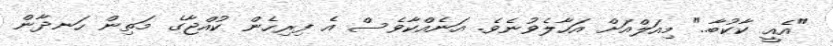
"އެއީ ކާކުބާ.." މިއަލްއަށް އަހާލެވުނެވެ. އަނެއްކާވެސް އެ ފިރިހެން ކުއްޖާގެ މަތިން ހަނދާން